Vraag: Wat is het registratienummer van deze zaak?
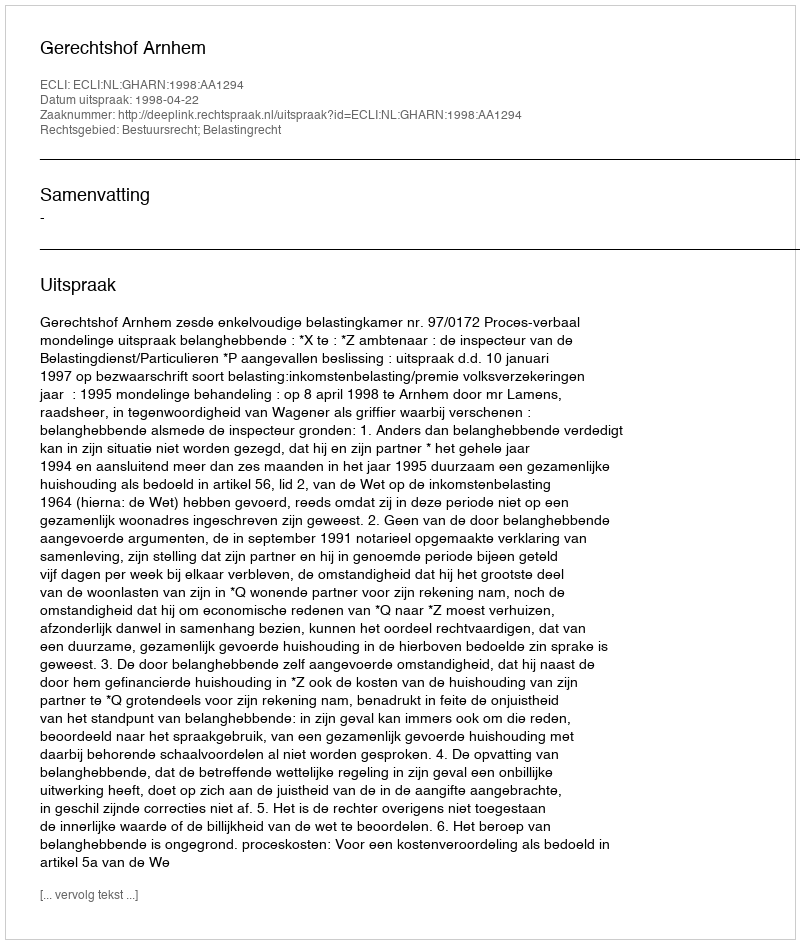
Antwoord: http://deeplink.rechtspraak.nl/uitspraak?id=ECLI:NL:GHARN:1998:AA1294